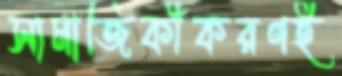
সামাজিকীকরণই